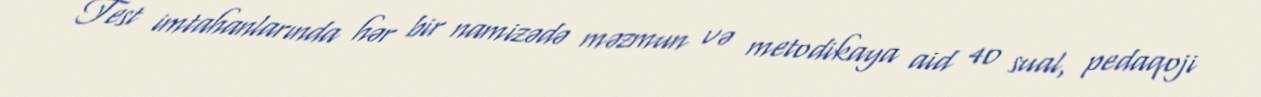
Test imtahanlarında hər bir namizədə məzmun və metodikaya aid 40 sual, pedaqoji